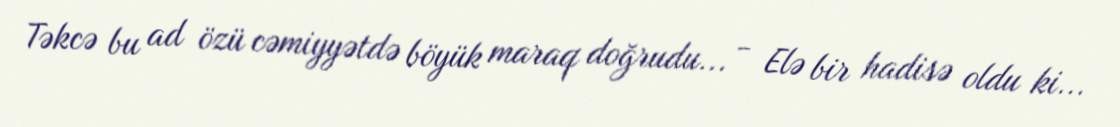
Təkcə bu ad özü cəmiyyətdə böyük maraq doğrudu... - Elə bir hadisə oldu ki...